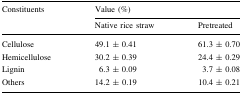
<table><thead><tr><td rowspan="2"><b>Constituents</b></td><td colspan="2"><b>Value (%)</b></td></tr><tr><td><b>Native rice straw</b></td><td><b>Pretreated</b></td></tr></thead><tbody><tr><td>Cellulose</td><td>49.1 ± 0.41</td><td>61.3 ± 0.70</td></tr><tr><td>Hemicellulose</td><td>30.2 ± 0.39</td><td>24.4 ± 0.29</td></tr><tr><td>LigninOthers</td><td>6.3 ± 0.0914.2 ± 0.19</td><td>3.7 ± 0.0810.4 ± 0.21</td></tr></tbody></table>